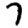
Digit: 7